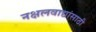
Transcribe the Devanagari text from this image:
नक्षलवाद्यांसाठी